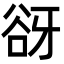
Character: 谺